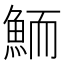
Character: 鮞